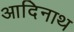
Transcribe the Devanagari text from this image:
आदिनाथ्‍ा